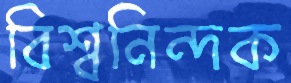
বিশ্বনিন্দক